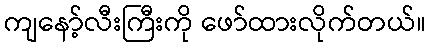
ကျနော့်လီးကြီးကို ဖော်ထားလိုက်တယ်။